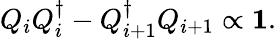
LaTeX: Q_{i}Q_{i}^{\dagger}-Q_{i+1}^{\dagger}Q_{i+1}\propto\mathbf{1}.